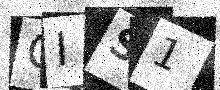
Text: QIS1